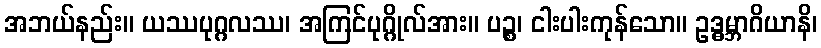
အဘယ်နည်း။ ယဿပုဂ္ဂလဿ၊ အကြင်ပုဂ္ဂိုလ်အား။ ပဉ္စ၊ ငါးပါးကုန်သော။ ဥဒ္ဓမ္ဘာဂိယာနိ၊